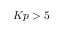
K p > 5